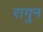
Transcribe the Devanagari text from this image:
रागुन